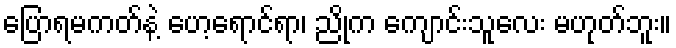
ပြောရမကတ်နဲ့ ဟေ့ရောင်ရာ၊ ညိုက ကျောင်းသူလေး မဟုတ်ဘူး။